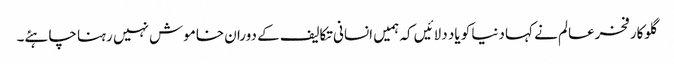
گلوکار فخرعالم نے کہا دنیا کو یاد دلائیں کہ ہمیں انسانی تکالیف کے دوران خاموش نہیں رہنا چاہئے۔